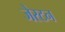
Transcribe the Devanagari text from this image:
जेस्टन